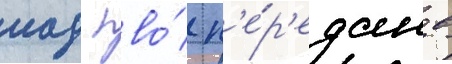
иад пво́ п'е́р'едан в